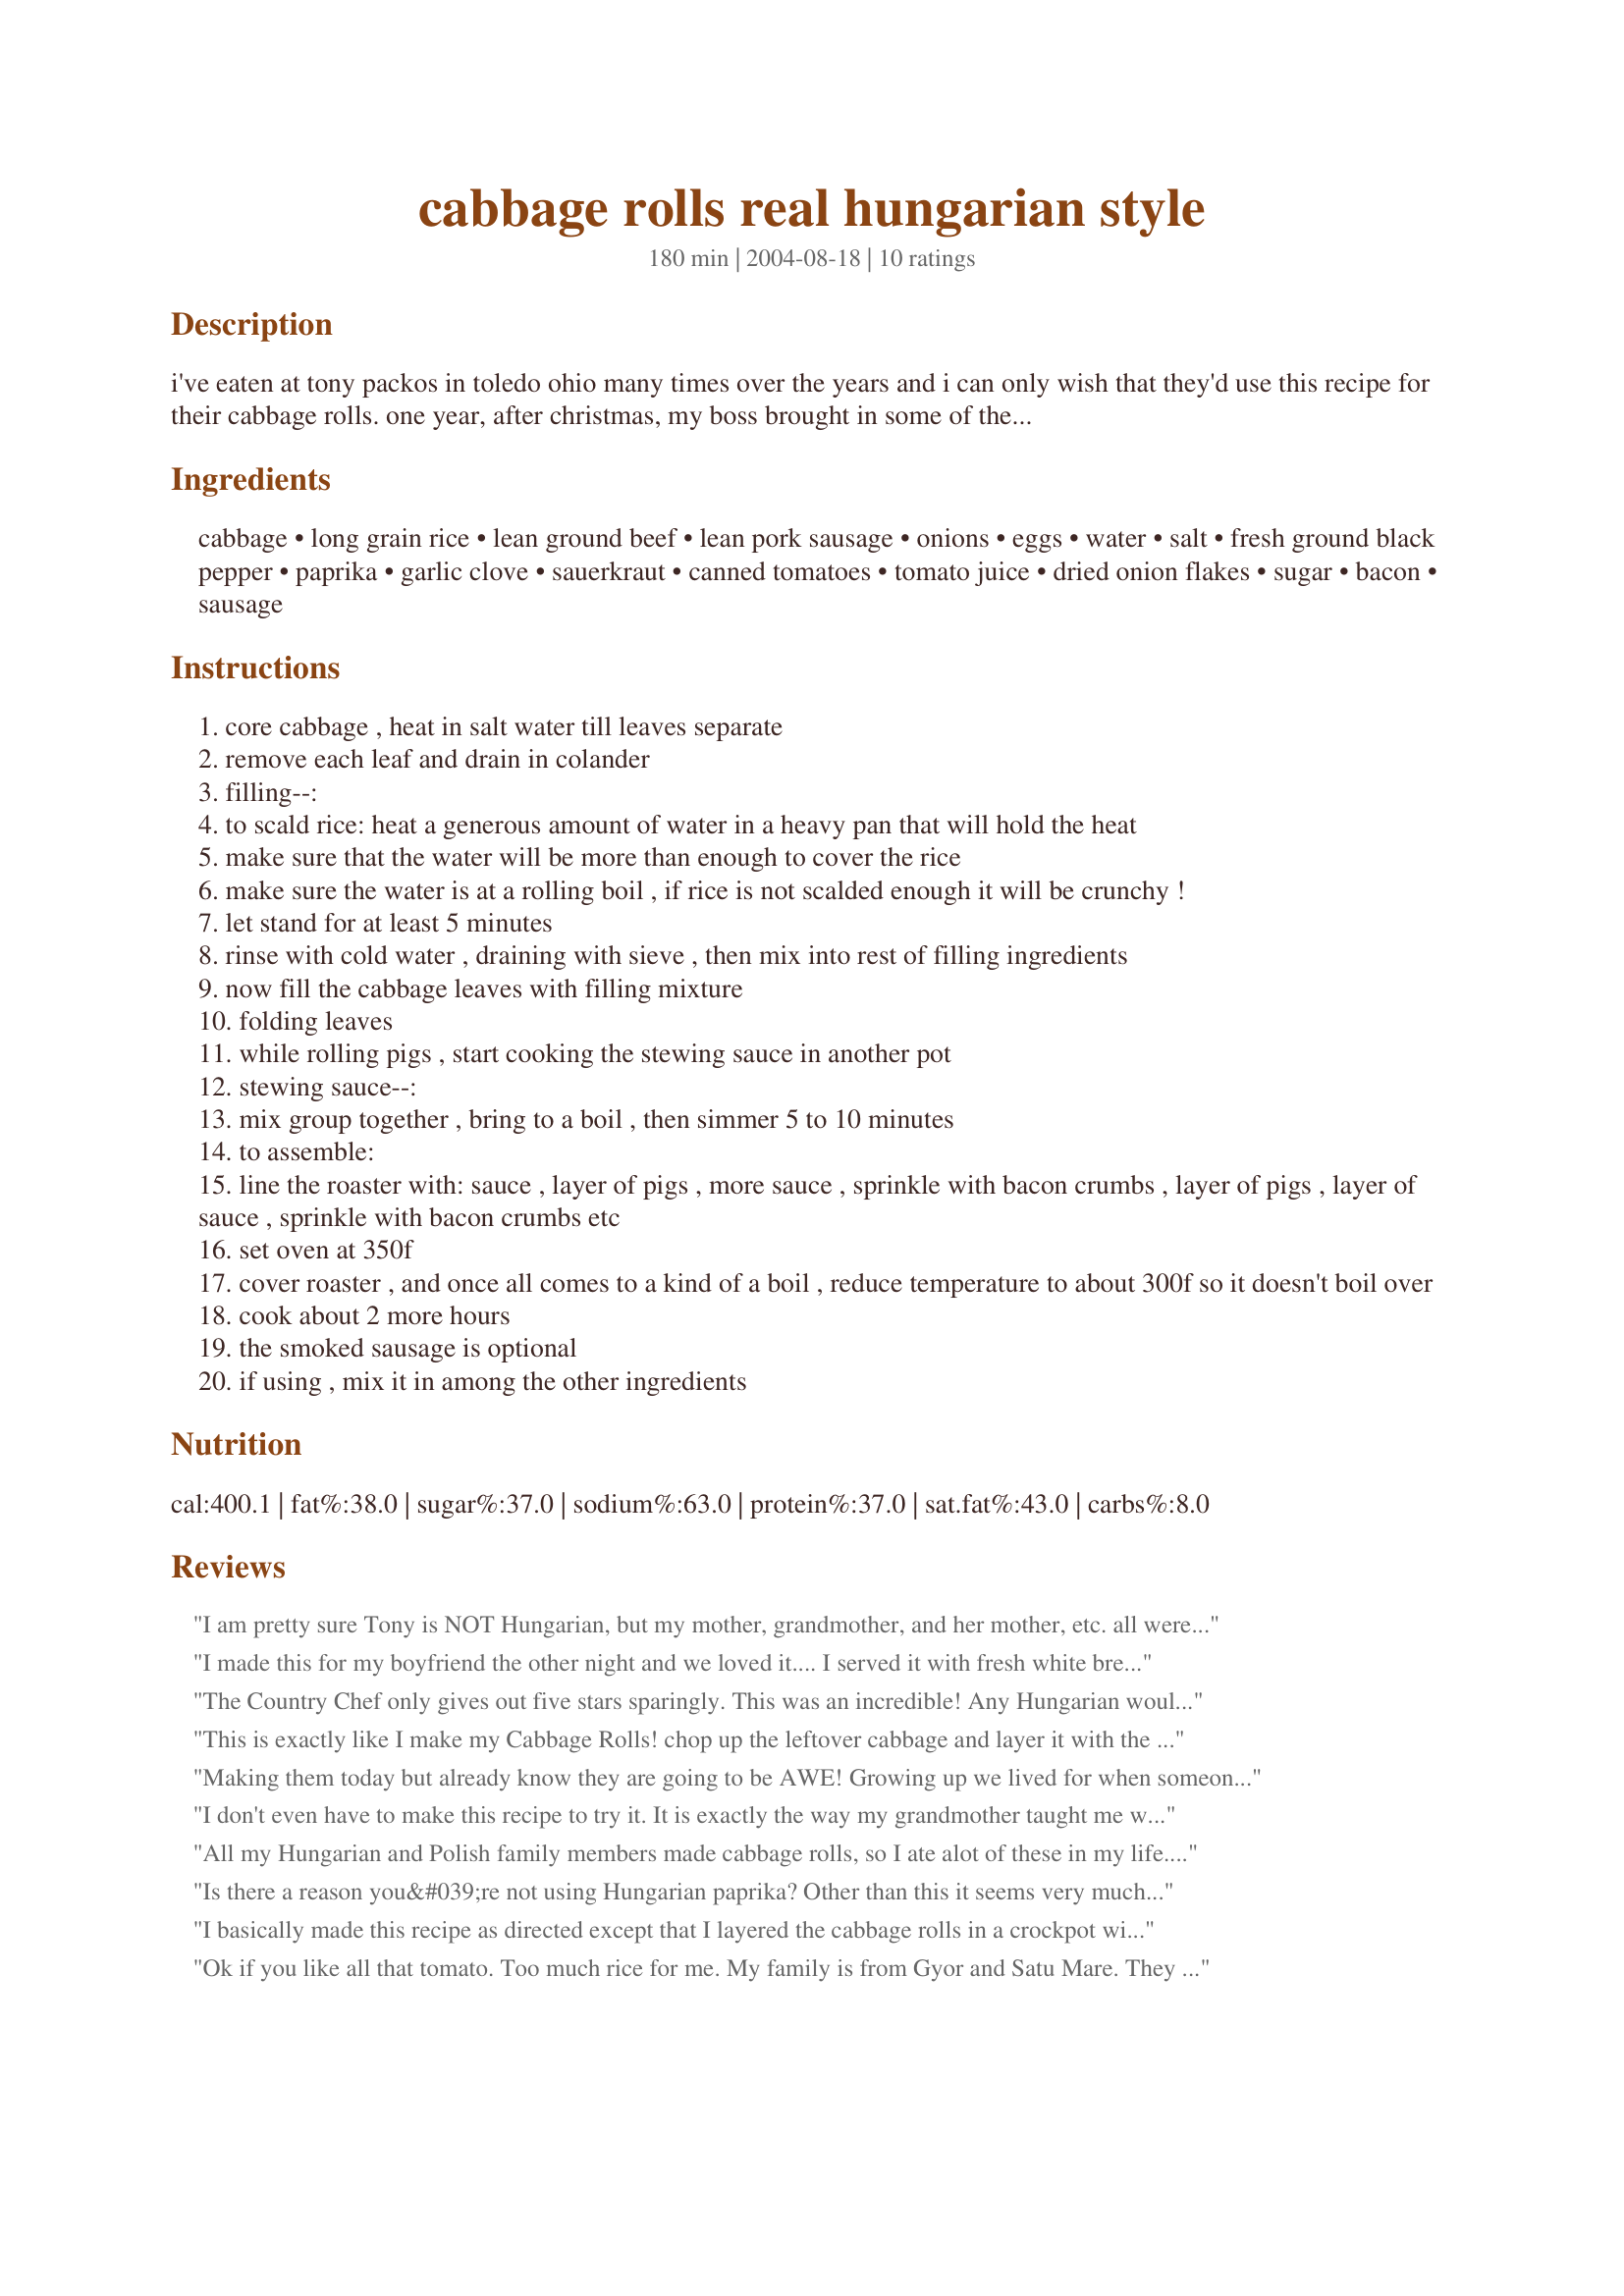
cabbage rolls real hungarian style
Preparation time: 180 minutes

i've eaten at tony packos in toledo ohio many times over the years and i can only wish that they'd use this recipe for their cabbage rolls. one year, after christmas, my boss brought in some of these cabbage rolls leftovers from a family dinner and they were so fantastic that i kept bugging him until his wife very kindly wrote out the recipe for me. he is hungarian and his wife is polish so you can see that there is a lot of quality cooking in their genes. everyone who has eaten these has begged for the recipe and if you make these i promise that you will love them and your friends will offer to detail your car to get the recipe. ok, maybe that's a bit of hyperbole but these are so good that i've stopped looking for cabbage roll recipes. i freeze the leftovers in seal-a-meal bags and they keep for months (2 or 3 months is as long as i've been able to keep them before finishing them off). it's great being able to drop the bags in boiling water and having a meal as good as this in 30 minutes. this recipe is exactly as i got it and it comes out perfectly if you cut it in half, which is usually the way that i do it. (if i pack too many goodies in my freezer, i can't fit in my ice cream maker). the juice from this dish is terrific over mashed potatoes and the optional sausage really turns out great after simmering in the roasting pan.

Ingredients:
cabbage, long grain rice, lean ground beef, lean pork sausage, onions, eggs, water, salt, fresh ground black pepper, paprika, garlic clove, sauerkraut, canned tomatoes, tomato juice, dried onion flakes, sugar, bacon, sausage

Steps:
core cabbage , heat in salt water till leaves separate
remove each leaf and drain in colander
filling--:
to scald rice: heat a generous amount of water in a heavy pan that will hold the heat
make sure that the water will be more than enough to cover the rice
make sure the water is at a rolling boil , if rice is not scalded enough it will be crunchy !
let stand for at least 5 minutes
rinse with cold water , draining with sieve , then mix into rest of filling ingredients
now fill the cabbage leaves with filling mixture
folding leaves
while rolling pigs , start cooking the stewing sauce in another pot
stewing sauce--:
mix group together , bring to a boil , then simmer 5 to 10 minutes
to assemble:
line the roaster with: sauce , layer of pigs , more sauce , sprinkle with bacon crumbs , layer of pigs , layer of sauce , sprinkle with bacon crumbs etc
set oven at 350f
cover roaster , and once all comes to a kind of a boil , reduce temperature to about 300f so it doesn't boil over
cook about 2 more hours
the smoked sausage is optional
if using , mix it in among the other ingredients

Reviews:
I am pretty sure Tony is NOT Hungarian, but my mother, grandmother, and her mother, etc. all were. There are no tomatoes in this, no bacon and no sausage nor is there nearly that much sugar. Also, you need to take each cabbage leaf and remove the harder core in a diamond shape - this makes it easier to seal, S-Veeeeetheart. My Nana used to call me that and she came over on the boat to Ellis Island....
I made this for my boyfriend the other night and we loved it.... I served it with fresh white bread and mashed potatoes ..ummm ummm!!!
The Country Chef only gives out five stars sparingly. This was an incredible! Any Hungarian would be proud of this recipe. The cabbage rolls and kraut on the second day was even better. A winner for the community of recipezaar.com

This is exactly like I make my Cabbage Rolls!
chop up the leftover
cabbage and layer it with the sauerkraut, though.
Wonderful dish!
Making them today but already know they are going to be AWE! Growing up we lived for when someone in the famiily did the do and made cabbage rolls...couldn't get enough. Actually making them for the holidays, meeting up with some of my cousins and their mom (my aunt) made the best...so as a surprise I'm making them for the boys...and me of course. Probably won't be as good as my Aunt MaryAnn's...then again..don't know, we'll see. Grew up in Michigan now living in California and my guy never even heard of cabbage rolls...WHAT...made them for him and of course he LOVED them...he's happy I'm making them again.
I don't even have to make this recipe to try it. It is exactly the way my grandmother taught me when I was young., Yes, she was Hungarian,had a pig farm down in west virginia. Anyway, after surfing all the other recipes, I came across this one and it is my recipe... THESE ARE DELICIOUS! I am well know in the area for my cabbage rolls, I get allot of compliments every time I make them.
OOH SOO GOOD. so, Try these THEY'RE WONDERFUL AND SO COMFORTING. the only thing that I do do differently is that I layer fresh bacon on my layers (i/2 cut strips) instead of crumbs... that way the bacon flavor gets down into the cabbage. I use uncle bens 5 minute rice, uncooked, and 3 eggs instead of 4, and garlic is a personal preference... you can actually by the can tomatoes with garlic... and I never used the smoked sausage, but they said that was optional... and instead of the sausage, I add a 1 lb of fresh ground veal.. that's grandmother's , and it makes a difference. Key: mix all your stewing sauce together first... that way its equal.. and I layer : sauce.. cabbage rolls, saurkraut, bacon, the repeat. top with bacon, then I take the left over cabbage and lay it ontop of everything, so that the oven doesn't does not burn anything... ENJOY!
 All my Hungarian and Polish family members made cabbage rolls, so I ate alot of these in my life. I made them last weekend and they were a lot of work, but WOW I never had them as good. This recipe is tops. I cut the recipe in half and shouldn't they were gone in two days and I wanted freeze some.
Is there a reason you&#039;re not using Hungarian paprika? Other than this it seems very much how it was made for me when I was visiting a friends family in Budapest. Hungarian paprika varies greatly from what we generally use. Thanks ;) just wondering.
I basically made this recipe as directed except that I layered the cabbage rolls in a crockpot with sauce in between layers, and cooked on low for 8 hours. Delicious! I used the optional sausage and bacon .... mmm. I did reduce the salt a little bit and my mom still thought it was too salty - maybe the sauerkraut?? Anyway I didn't think it was too salty and I loved it! I brought it to a gathering where a lot of people thought it was good, and got seconds
Ok if you like all that tomato. Too much rice for me. My family is from Gyor and Satu Mare. They came here in 1900 with the pre Ww1 recipies. Mommy used all pork and so did my nagymama, who raised her own pigs. Ok so 2nd generation me uses 1 1/2 lb. pork, 1lb. gr. veal, 1/2lb grass fed gr. Beef. Wash and bring 1 cup rice in 1 cup of water to boil and let it sit until water is absorbed. Saut&eacute; chopped onions in oil, bacon fat or butter (whichever) add crushed garlic to taste (3 cloves is good)saut&eacute; until soft. Add at least I heaping tablespoon nice Hungarian paprika, salt and pepper. Add rice to onion mix and incorporate until all the rice is flavored with onion mix. Let cool down, mix meat with salt, pepper, marjoram and add onion, rice mix.. really mix the meat, don be shy. Oil the bottom of a nice heavy pot w lots of room. Put half the sourkraut in the bottom. Use natural brined sourkraut no vinegar. Don’t ri se Use juice and kraut. Roll cabbage but you must core the tough rib at the base w a paring knife, or it won’t roll . Options: add Hungarian kolbas or smoked ham hock to the bottom before rolling. Warm tomato juice mixed with water (mommy), or 1 can diced tomatoes or tomato sauce mixed w organic veg. Broth (Me) add water to cover all the rolls and add the rest of the sour kraut. Simmer slowly for at least 2 hours or longer. For Hungarians from Gyor, add some caraway seeds to the pot. From Satu Mare, more sour kraut juice. Hungarians like to put a dollop of sour cream on the side. I love Jewish rye and sweet butter with my Toltott koposzta.
